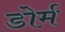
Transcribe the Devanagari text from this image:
डोर्म